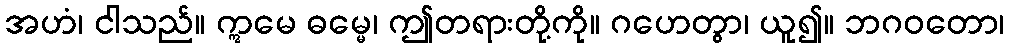
အဟံ၊ ငါသည်။ ဣမေ ဓမ္မေ၊ ဤတရားတို့ကို။ ဂဟေတွာ၊ ယူ၍။ ဘဂဝတော၊